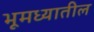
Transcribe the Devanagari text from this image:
भूमध्यातील